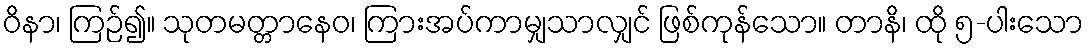
ဝိနာ၊ ကြဉ်၍။ သုတမတ္တာနေဝ၊ ကြားအပ်ကာမျှသာလျှင် ဖြစ်ကုန်သော။ တာနိ၊ ထို ၅-ပါးသော